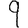
Digit: 9